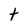
Character: t